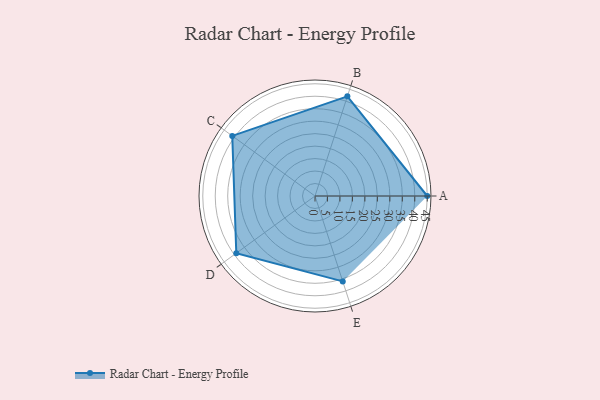
{"axis": {"x": "Skill", "y": "Score"}, "legend": ["Profile"], "data": [{"x": "A", "y": 45.0, "type": "Profile"}, {"x": "B", "y": 42.0, "type": "Profile"}, {"x": "C", "y": 41.0, "type": "Profile"}, {"x": "D", "y": 39.0, "type": "Profile"}, {"x": "E", "y": 36.0, "type": "Profile"}]}